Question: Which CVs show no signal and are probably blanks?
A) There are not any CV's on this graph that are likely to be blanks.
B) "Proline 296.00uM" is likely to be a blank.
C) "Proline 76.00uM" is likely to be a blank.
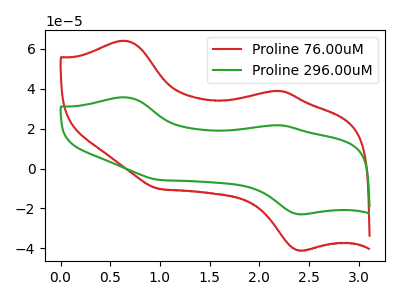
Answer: <think>The red curve "Proline 76.00uM" has anodic peaks at (0.65V, 64.05uA) (2.20V, 38.95uA) and cathodic peaks at (2.40V, -41.05uA) (1.00V, -10.15uA). The green curve "Proline 296.00uM" has anodic peaks at (0.65V, 35.70uA) (2.20V, 21.70uA) and cathodic peaks at (2.40V, -22.90uA) (1.00V, -5.65uA).</think>
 <answer>A) There are not any CV's on this graph that are likely to be blanks.</answer>
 <eval>A</eval>